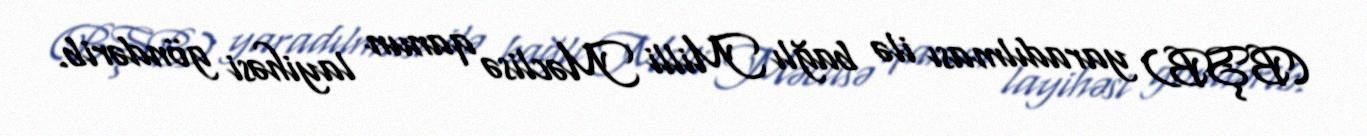
(BŞB) yaradılması ilə bağlı Milli Məclisə qanun layihəsi göndərib.